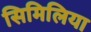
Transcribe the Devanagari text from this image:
सिमिलिया